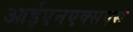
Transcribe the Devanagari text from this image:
आईएनएक्सएस